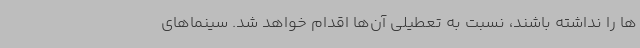
ها را نداشته باشند، نسبت به تعطیلی آن‌ها اقدام خواهد شد. سینماهای